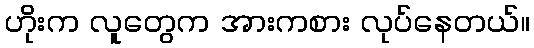
ဟိုးက လူတွေက အားကစား လုပ်နေတယ်။